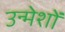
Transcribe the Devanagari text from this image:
उन्मेशों